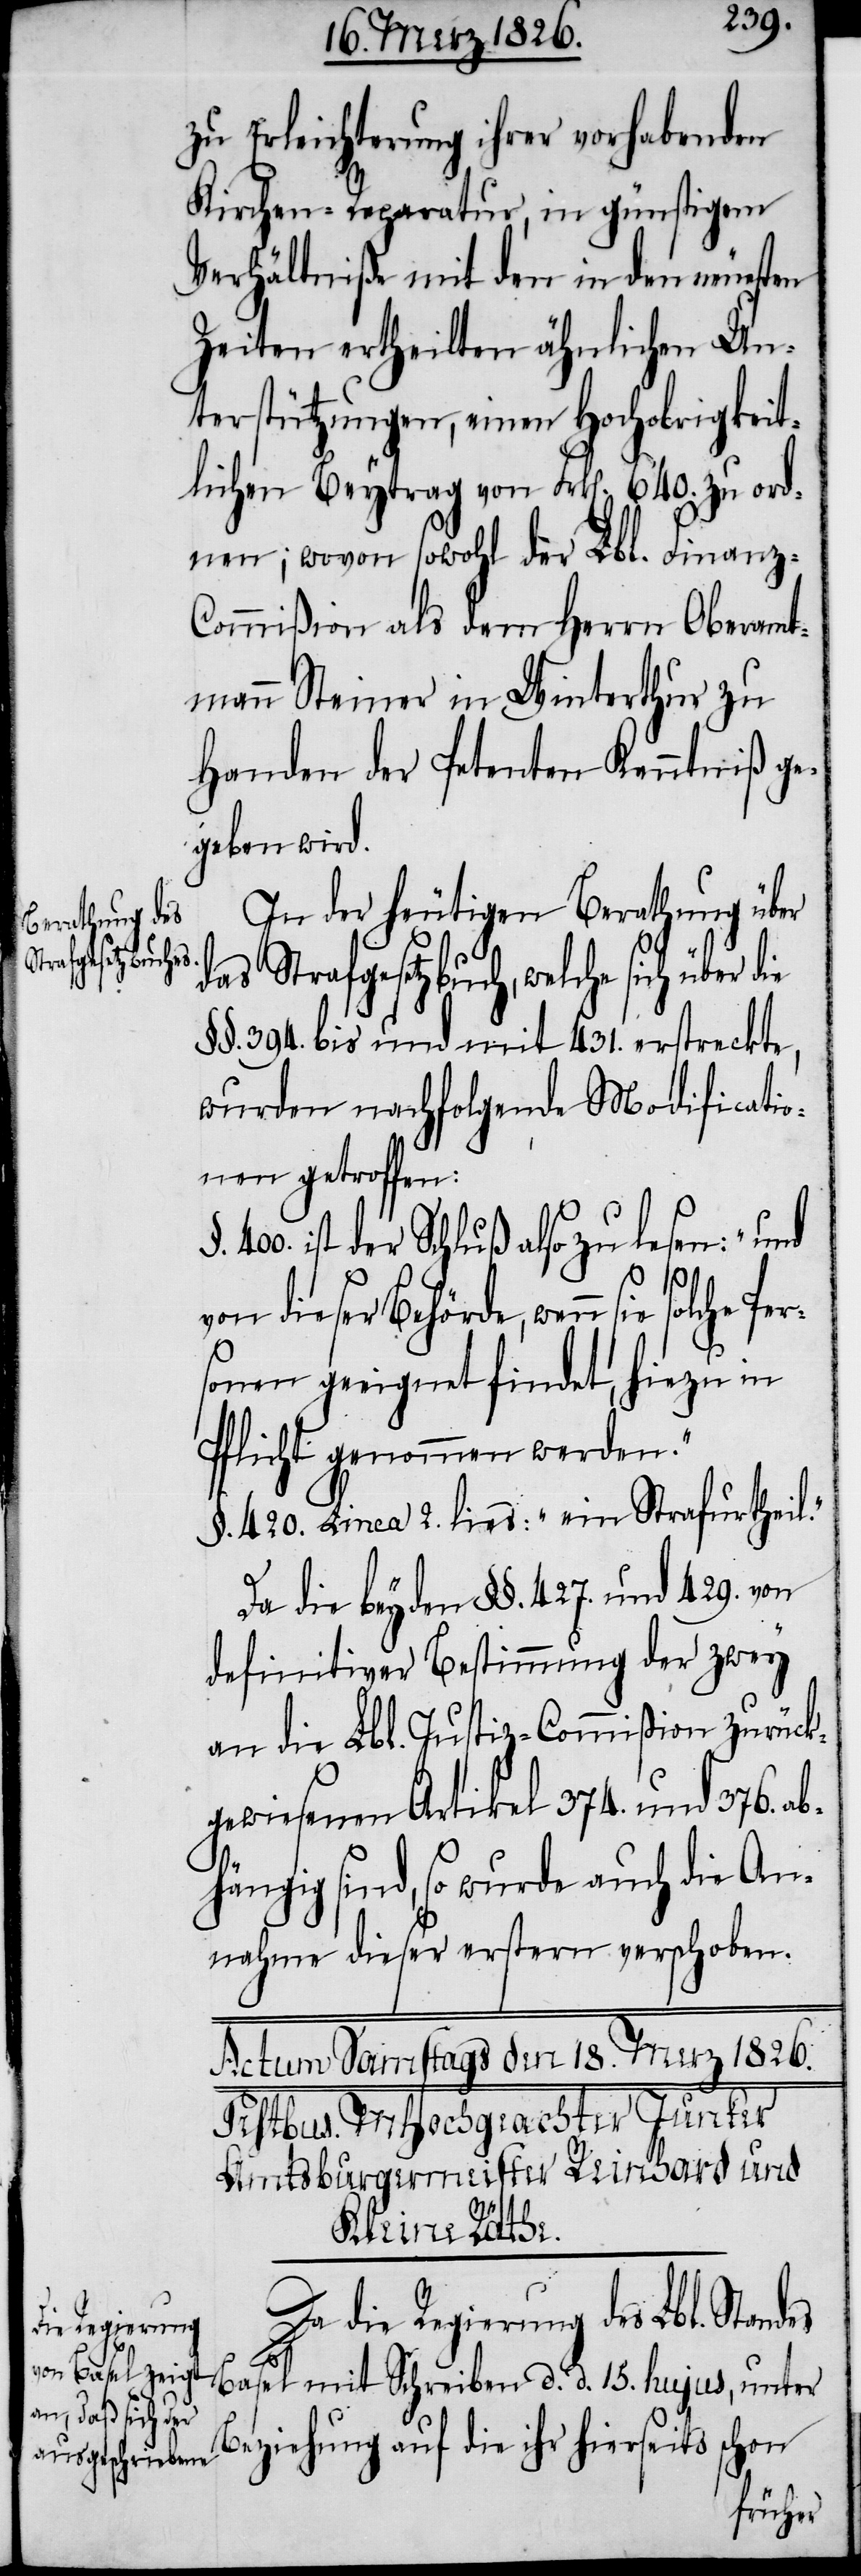
zu Erleichterung ihrer vorhabenden
Kirchen-Reparatur, in günstigem
Verhältniße mit den in den neuesten
Zeiten ertheilten ähnlichen Un¬
terstützungen, einen Hochobrigkeit¬
lichen Beytrag von Frk[en]. 640. zu ord¬
nen; wovon sowohl der Lbl. Finanz-C¬
ommißion als dem Herrn Oberamt¬
mann Steiner in Winterthur zu
Handen der Petenten Kenntniß ge¬
geben wird.
In der heutigen Berathung über
es
das Strafgesetzbuch, welche sich über
§§. 394. bis und mit 431. erstreckte,
wurden nachfolgende Modificatio¬
nen getroffen:
400. ist der Schluß also zu lesen: „und
von dieser Behörde, wenn sie
sonen geeignet findet, hiezu in
Pflicht genommen werden.“
§. 420. Linea 2. lies: „ein Strafurtheil.“
Da die beyden §§. 427. und 429. von
definitiver Bestimmung der zwey
an die Lbl. Justiz-Commißion zurück¬
gewiesenen Artikel 374. und 376. ab¬
hängig sind, so wurde auch die An¬
nahme dieser erstern verschoben.
solche Per¬
Da die Regierung des Lbl. Stand¬
Basel mit Schreiben d. d. 15. hujus, unter
Beziehung auf die ihr hierseits schon